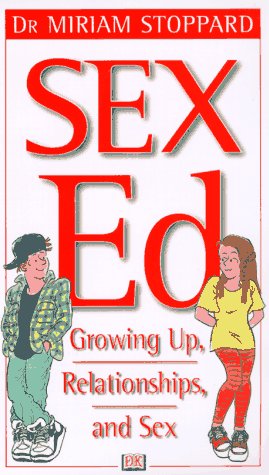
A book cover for Sex Ed; Miriam Stoppard; Teen & Young Adult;